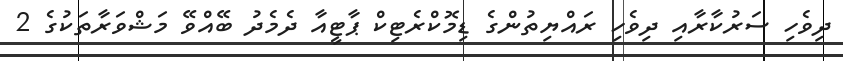
ދިވެހި ސަރުކާރާއި ދިވެހި ރައްޔިތުންގެ ޑިމޮކްރެޓިކް ޕާޓީއާ ދެމެދު ބޭއްވޭ މަޝްވަރާތަކުގެ 2